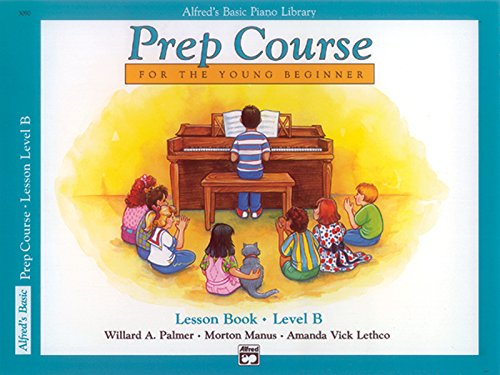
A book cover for Alfred's Basic Piano Library: Prep Course Lesson Book Level B; Willard Palmer; Humor & Entertainment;